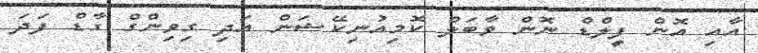
އާއި އޮން ފީލްޑް ނޮން ވާބަލް ކޮމިއުނިކޭޝަން އަދި ގިވިންގް ގާޑް ފަދަ